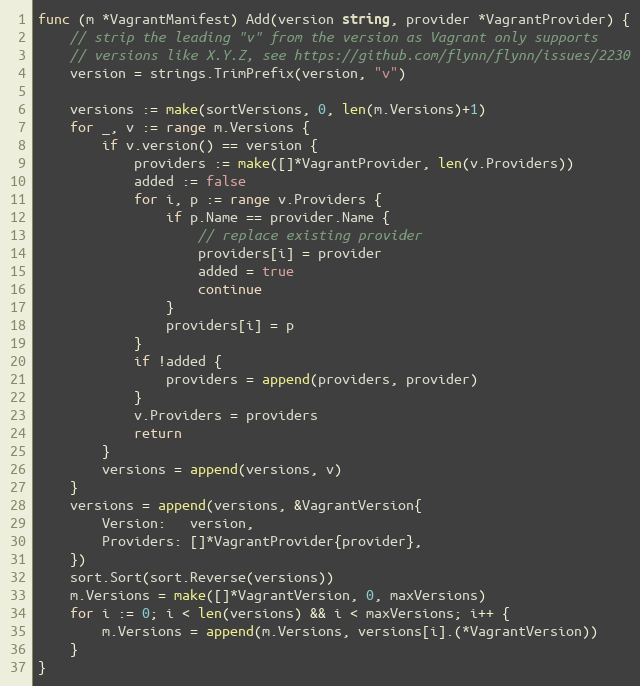
Language: Go
func (m *VagrantManifest) Add(version string, provider *VagrantProvider) {
	// strip the leading "v" from the version as Vagrant only supports
	// versions like X.Y.Z, see https://github.com/flynn/flynn/issues/2230
	version = strings.TrimPrefix(version, "v")

	versions := make(sortVersions, 0, len(m.Versions)+1)
	for _, v := range m.Versions {
		if v.version() == version {
			providers := make([]*VagrantProvider, len(v.Providers))
			added := false
			for i, p := range v.Providers {
				if p.Name == provider.Name {
					// replace existing provider
					providers[i] = provider
					added = true
					continue
				}
				providers[i] = p
			}
			if !added {
				providers = append(providers, provider)
			}
			v.Providers = providers
			return
		}
		versions = append(versions, v)
	}
	versions = append(versions, &VagrantVersion{
		Version:   version,
		Providers: []*VagrantProvider{provider},
	})
	sort.Sort(sort.Reverse(versions))
	m.Versions = make([]*VagrantVersion, 0, maxVersions)
	for i := 0; i < len(versions) && i < maxVersions; i++ {
		m.Versions = append(m.Versions, versions[i].(*VagrantVersion))
	}
}